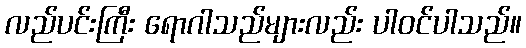
လည်ပင်းကြီး ရောဂါသည်များလည်း ပါဝင်ပါသည်။